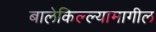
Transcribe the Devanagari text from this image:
बालेकिल्ल्यामागील